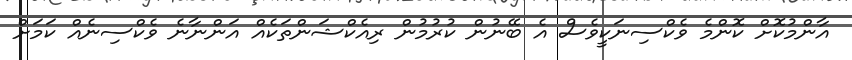
އާންމުކޮށް ކޮންމެ ވެކްސިނަކީވެސް އެ ބޭނުން ކުރުމުން ރިއެކްޝަންތަކެއް އަންނާނެ ވެކްސިނެއް ކަމަށް